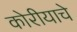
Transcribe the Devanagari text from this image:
कोरीयाचे